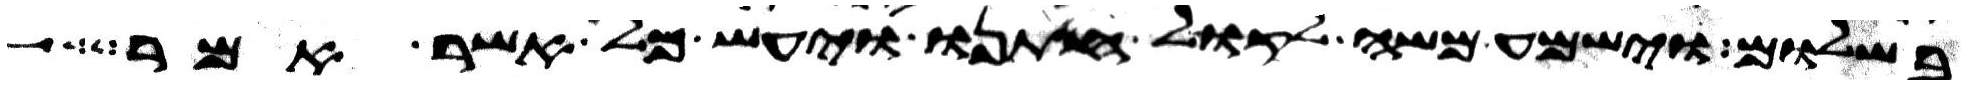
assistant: בשלום וישמע משה לקול חתנו ויעש כל אשר אמר